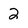
Character: 2